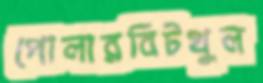
পোলারবিটখুল